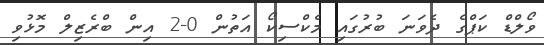
ވޯލްޑް ކަޕްގެ ދެވަނަ ބުރުގައި މެކްސިކޯ އަތުން 0-2 އިން ބްރެޒިލް މޮޅުވި